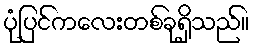
ပုံပြင်ကလေးတစ်ခုရှိသည်။